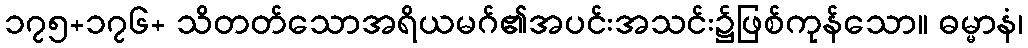
၁၇၅+၁၇၆+ သိတတ်သောအရိယမဂ်၏အပင်းအသင်း၌ဖြစ်ကုန်သော။ ဓမ္မာနံ၊